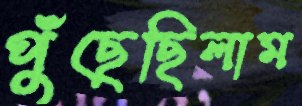
পুঁছেছিলাম